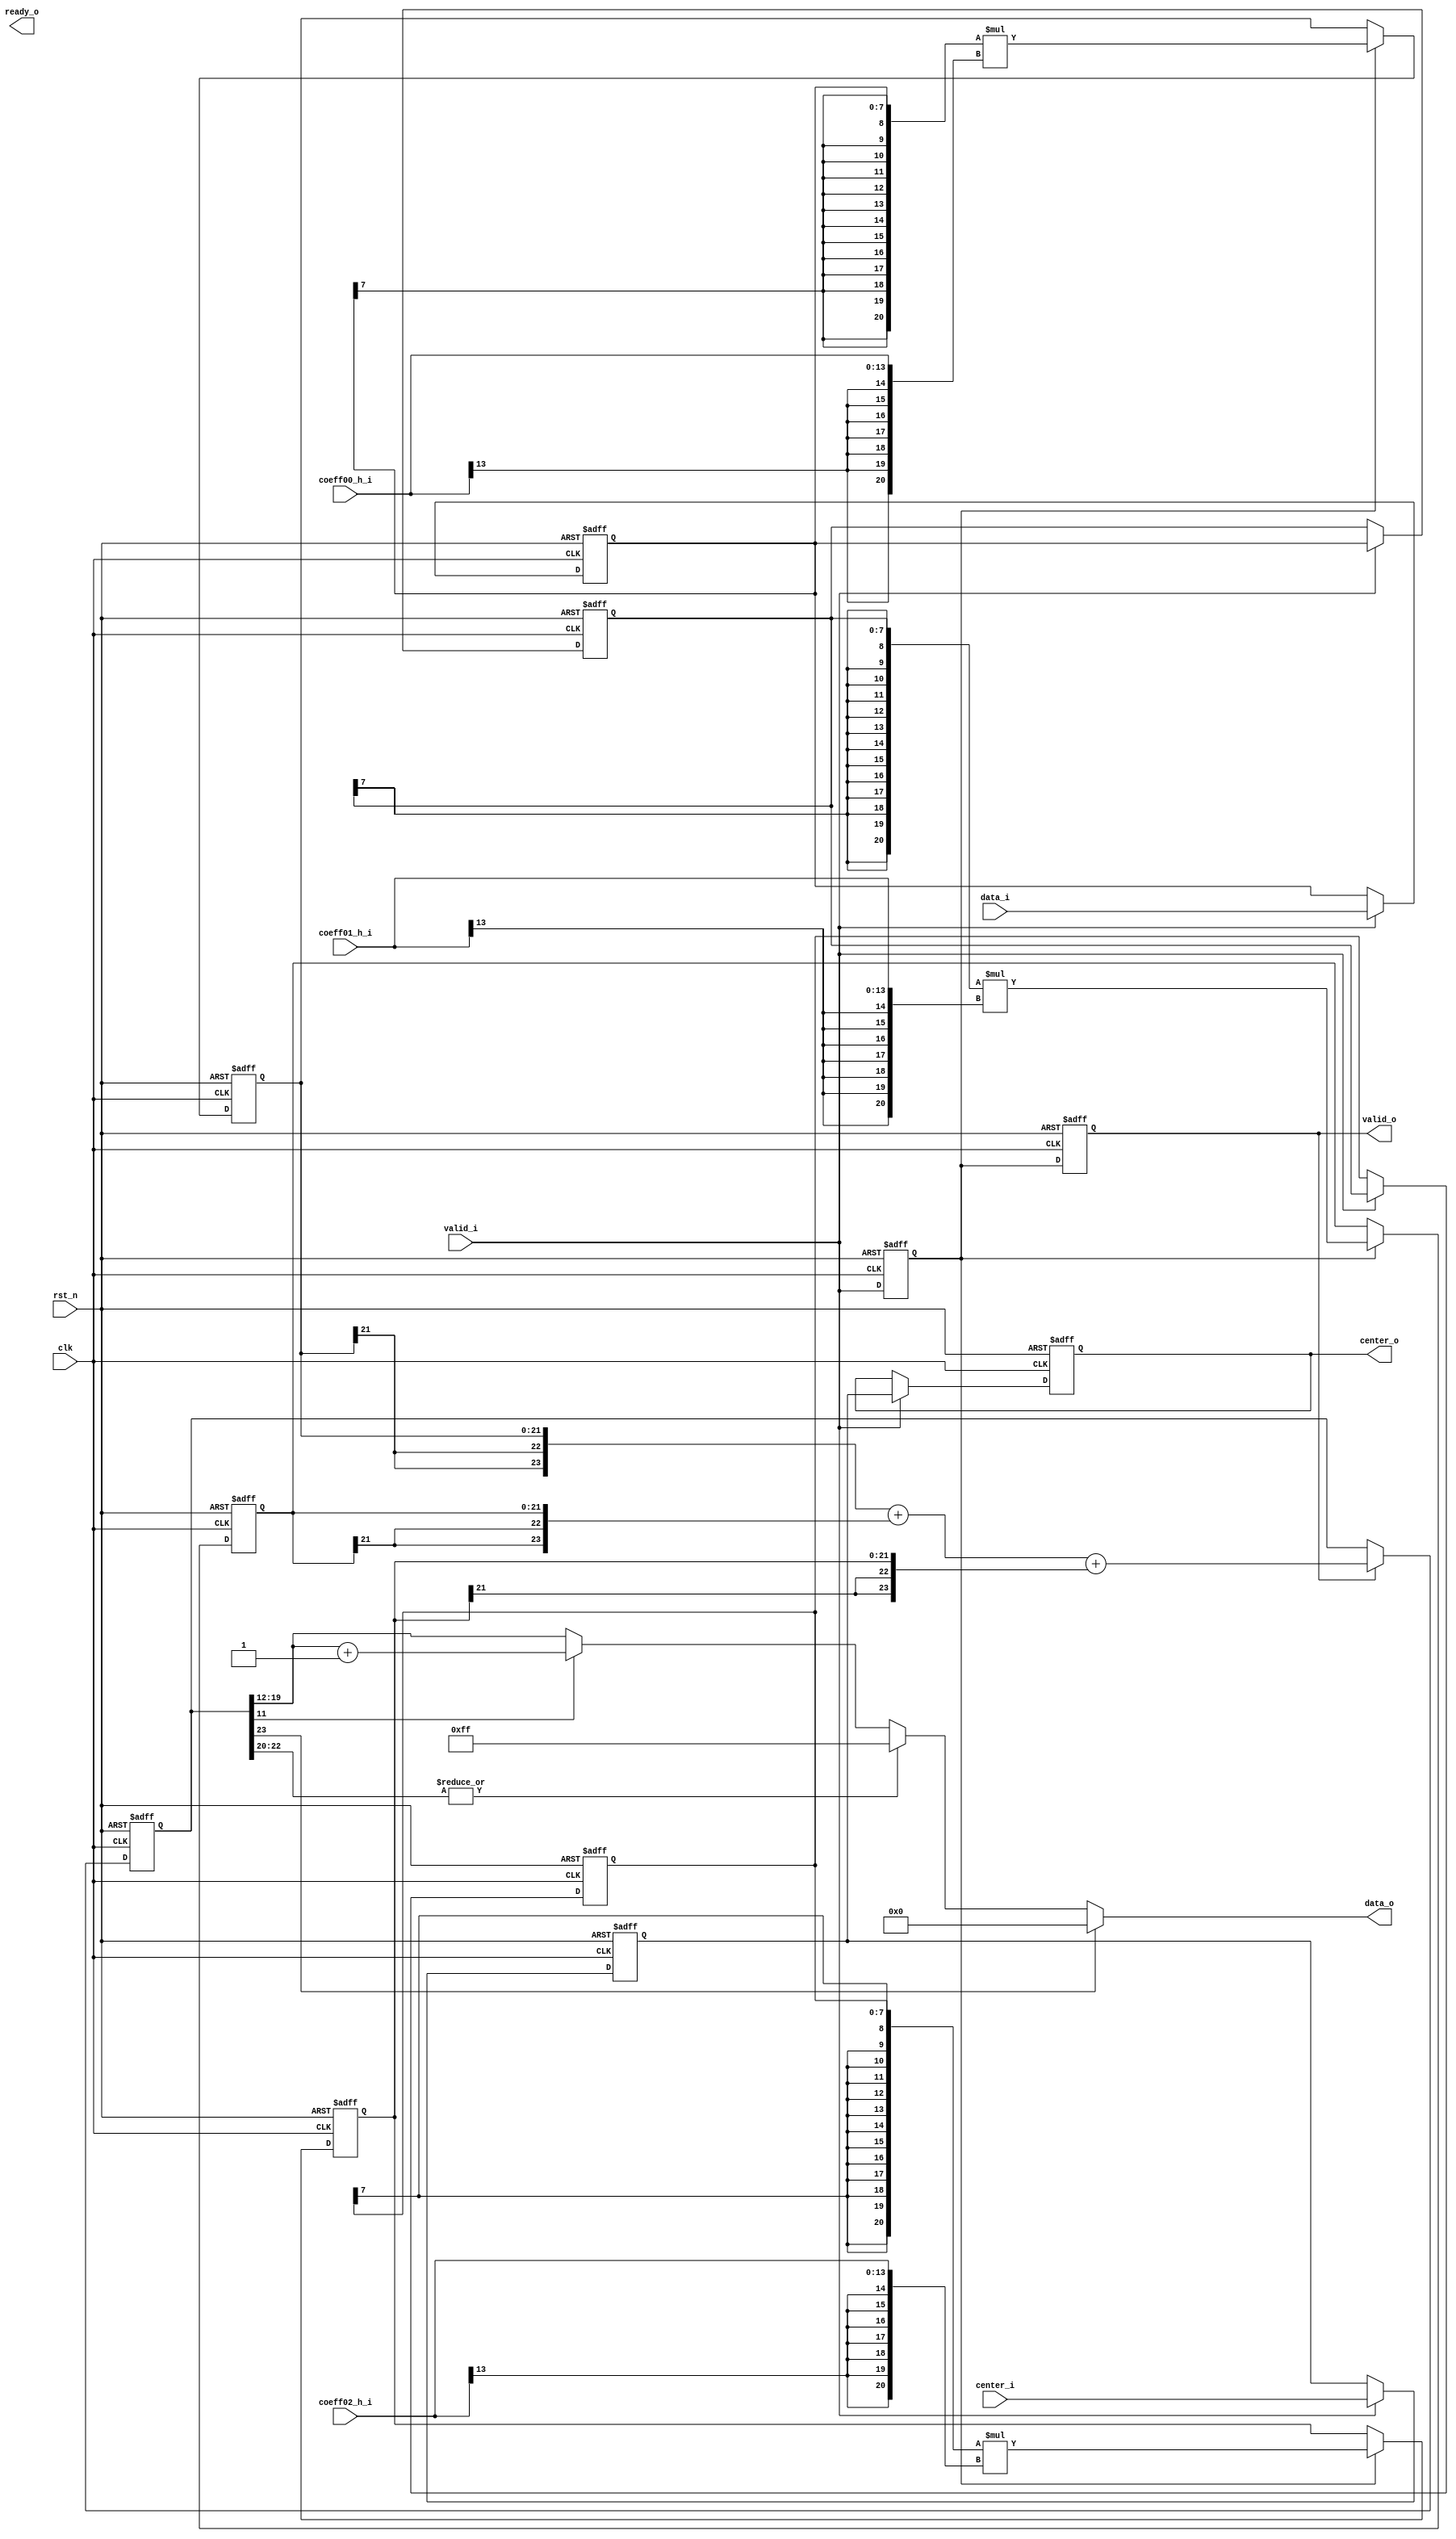
module hfilter #(
parameter       DATA_WIDTH      = 8,
parameter       TAP_NUMS        = 3,
parameter       COEFF_WIDTH     = 14
)
(
input                                   clk,
input                                   rst_n,
input									valid_i,
output									ready_o,
input [COEFF_WIDTH-1:0]                 coeff00_h_i,
input [COEFF_WIDTH-1:0]                 coeff01_h_i,
input [COEFF_WIDTH-1:0]                 coeff02_h_i,
input [DATA_WIDTH-1:0] 					data_i,
input [DATA_WIDTH-1:0]					center_i,
output [DATA_WIDTH-1:0]				    data_o,
output [DATA_WIDTH-1:0]					center_o,
output									valid_o
);

reg [DATA_WIDTH-1:0]                    data00_h_r;
reg [DATA_WIDTH-1:0]                    data01_h_r;
reg [DATA_WIDTH-1:0]                    data02_h_r;

reg [COEFF_WIDTH+DATA_WIDTH-1:0]        mult00_h_r;
reg [COEFF_WIDTH+DATA_WIDTH-1:0]        mult01_h_r;
reg [COEFF_WIDTH+DATA_WIDTH-1:0]        mult02_h_r;

wire [COEFF_WIDTH+DATA_WIDTH+2:0]       mult_h_nxt_c;
reg [COEFF_WIDTH+DATA_WIDTH+2:0]        mult_h_r;

reg [DATA_WIDTH-1:0]                    center_pre_r;
reg [DATA_WIDTH-1:0]                    center_cur_r;

reg										valid_st0_r;
reg										valid_st1_r;

reg [DATA_WIDTH-1:0]					data_out_r;

always @(posedge clk or negedge rst_n) 
begin
	if(!rst_n)
	begin
		valid_st0_r <= 1'b0;
		valid_st1_r <= 1'b0;
	end
	else
	begin
		valid_st0_r <= valid_i;
		valid_st1_r <= valid_st0_r;
	end
	
end

always @(posedge clk or negedge rst_n) 
begin
    if(!rst_n)
    begin
        data00_h_r <= {(DATA_WIDTH+1){1'b0}};
        data01_h_r <= {(DATA_WIDTH+1){1'b0}}; 
        data02_h_r <= {(DATA_WIDTH+1){1'b0}};
		center_pre_r <= {DATA_WIDTH{1'b0}};
		center_cur_r <= {DATA_WIDTH{1'b0}};
    end
    else if(valid_i)//fixed me
    begin
        data00_h_r <= data_i;
        data01_h_r <= data00_h_r;
        data02_h_r <= data01_h_r;
		center_pre_r <= center_i;
		center_cur_r <= center_pre_r;
    end
end

always @(posedge clk or negedge rst_n) 
begin
    if(!rst_n)
    begin
        mult00_h_r <= {(COEFF_WIDTH+DATA_WIDTH){1'b0}};
        mult01_h_r <= {(COEFF_WIDTH+DATA_WIDTH){1'b0}};
        mult02_h_r <= {(COEFF_WIDTH+DATA_WIDTH){1'b0}};
    end
    else if(valid_st0_r)
    begin
        mult00_h_r <= {{(COEFF_WIDTH-1){data00_h_r[DATA_WIDTH-1]}},data00_h_r}*
                        {{(DATA_WIDTH-1){coeff00_h_i[COEFF_WIDTH-1]}},coeff00_h_i};
        mult01_h_r <= {{(COEFF_WIDTH-1){data01_h_r[DATA_WIDTH-1]}},data01_h_r}*
                        {{(DATA_WIDTH-1){coeff01_h_i[COEFF_WIDTH-1]}},coeff01_h_i};
        mult02_h_r <= {{(COEFF_WIDTH-1){data02_h_r[DATA_WIDTH-1]}},data02_h_r}*
                        {{(DATA_WIDTH-1){coeff02_h_i[COEFF_WIDTH-1]}},coeff02_h_i};
    end
end

assign mult_h_nxt_c = {{2{mult00_h_r[COEFF_WIDTH+DATA_WIDTH-1]}},mult00_h_r}+{{2{mult01_h_r[COEFF_WIDTH+DATA_WIDTH-1]}},mult01_h_r}
                                +{{2{mult02_h_r[COEFF_WIDTH+DATA_WIDTH-1]}},mult02_h_r};

always @(posedge clk or negedge rst_n) 
begin
    if(!rst_n)
    begin
        mult_h_r <= {(COEFF_WIDTH+DATA_WIDTH+1){1'b0}};
    end
    else if(valid_st1_r)
    begin
        mult_h_r <= mult_h_nxt_c;
    end
end

//round 
always @(*)
begin
	//negtive
	if(mult_h_r[COEFF_WIDTH+DATA_WIDTH+2-1]==1'b1)
		data_out_r = 'd0;
	else if(|mult_h_r[COEFF_WIDTH+DATA_WIDTH+2-2:COEFF_WIDTH+DATA_WIDTH-2])
		data_out_r = {DATA_WIDTH{1'b1}};
	else if(mult_h_r[COEFF_WIDTH-3]==1'b1)
		data_out_r = mult_h_r[(COEFF_WIDTH+DATA_WIDTH-2)-1:COEFF_WIDTH-2]+1'b1;
	else
		data_out_r = mult_h_r[(COEFF_WIDTH+DATA_WIDTH-2)-1:COEFF_WIDTH-2];
	
end
assign center_o = center_cur_r;
assign valid_o = valid_st1_r;
assign data_o = data_out_r;
endmodule